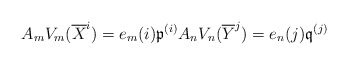
\begin{align*} A_mV_m(\overline{X}^i) = e_m(i) \mathfrak{p}^{(i)} A_nV_n(\overline{Y}^j) = e_n(j) \mathfrak{q}^{(j)}\end{align*}